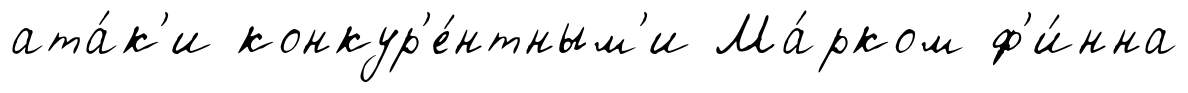
ата́к'и конкур'е́нтным'и Ма́рком ф'и́нна